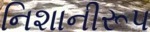
નિશાનીરૂપ